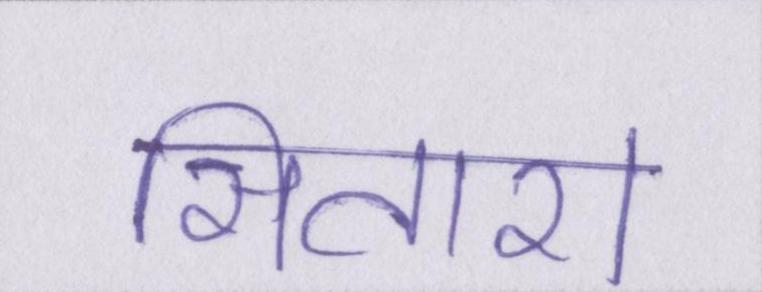
सितारा